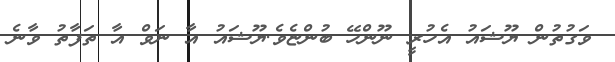
ވަގުތުން ޔޫޝައު އެހުރީ ނޫންހޭ ބުންޏެވެ.ޔޫޝައު އާ ނަވް އާ ތަފާތު ވާނެ